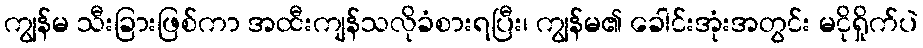
ကျွန်မ သီးခြားဖြစ်ကာ အထီးကျန်သလိုခံစားရပြီး၊ ကျွန်မ၏ ခေါင်းအုံးအတွင်း မငိုရှိုက်ပဲ